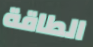
الطاقة